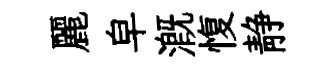
麗皁溉愎静